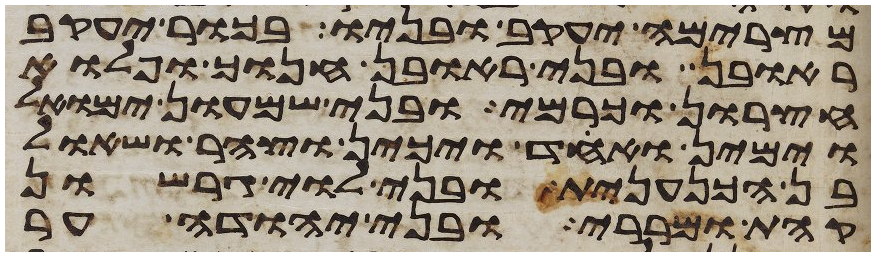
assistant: מצרימה יעקב ובניו בכור יעקב
ראובן ובני ראובן חנוך ופלוא
חצרון וכרמי ובני שמעון ימואל
וימין ואחד ויכין וצהר ושאול
בן הכנענית ובני לוי גרשון
קהת ומררי ובני יהודה ער